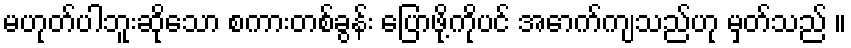
မဟုတ်ပါဘူးဆိုသော စကားတစ်ခွန်း ပြောဖို့ကိုပင် အောက်ကျသည်ဟု မှတ်သည် ။